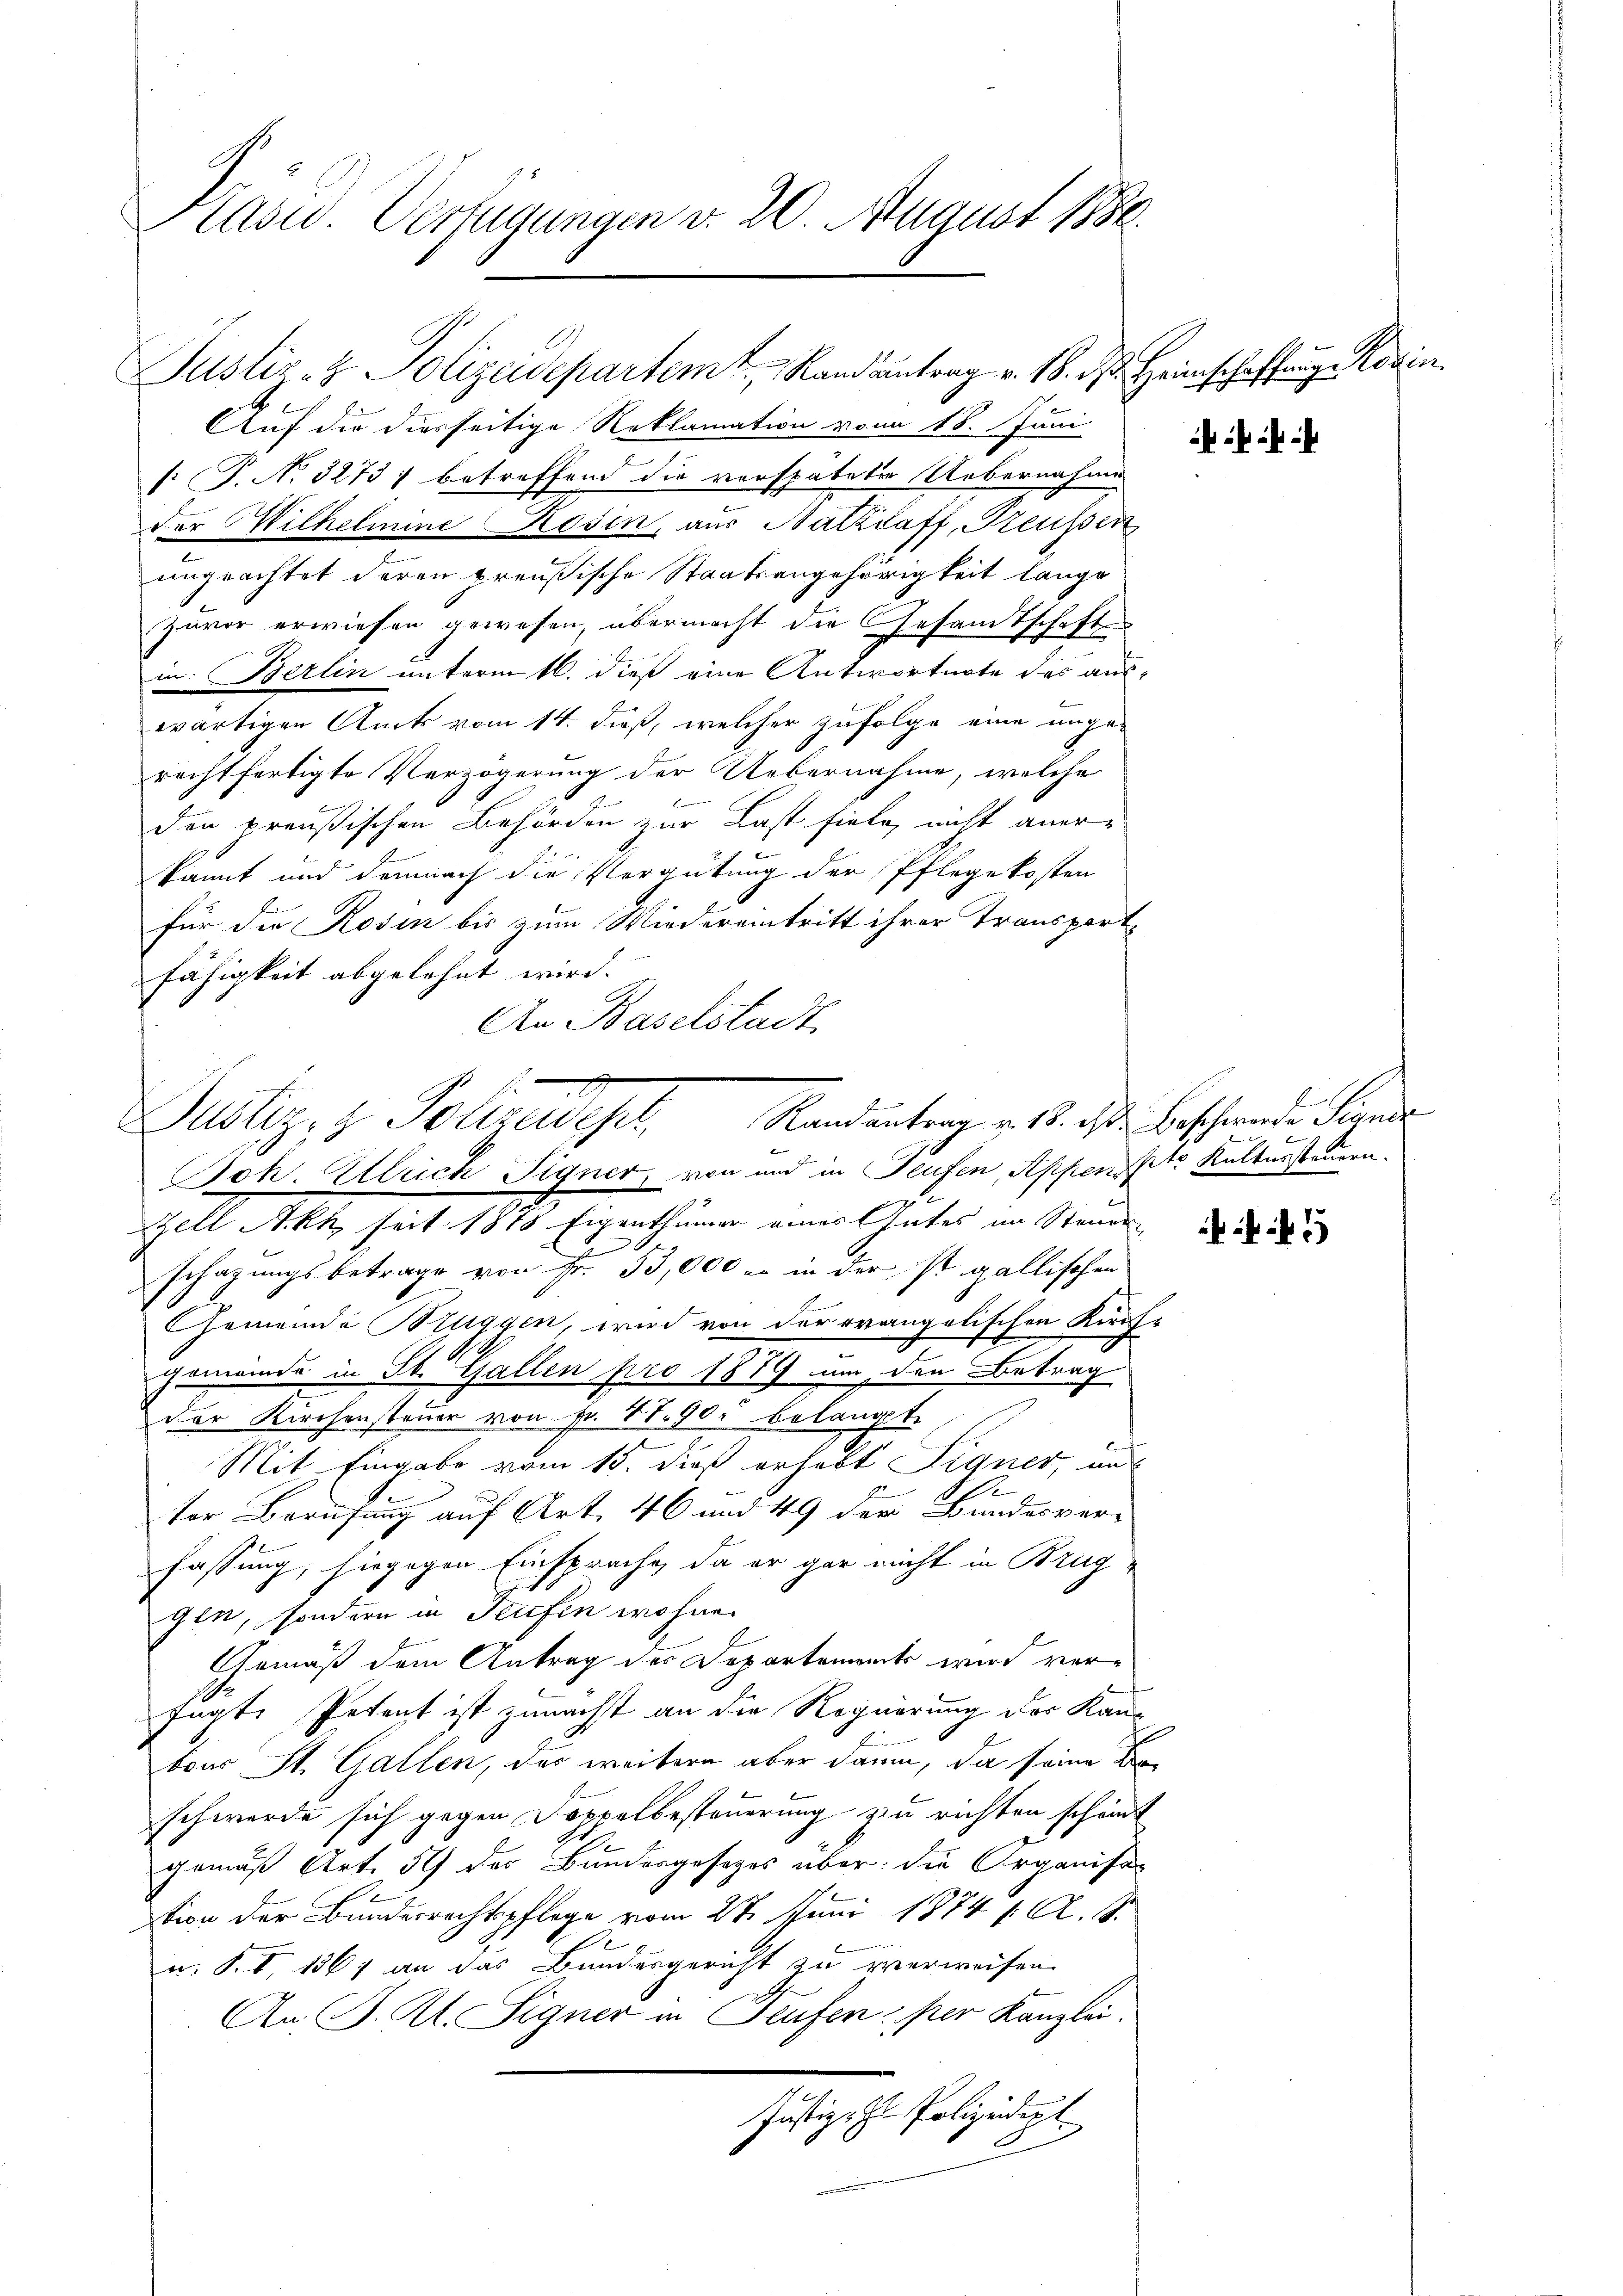
Kasw. Verfügungen v. 20. August 1886.

Auf die diesseitige Reklamation vom 18. Juni
[: P. No. 3273) betreffend die verspateter Uebernahme
der Wilhelmine Rosin, aus Natzdaff, Preußen
ungeachtet deren preußische Staatsangehörigkeit lange
Zuvor erwiesen gewesen, übermacht die Gesandtschaft
in Berlin unterm 16. dieß eine Antwortnote des aus-
wärtigen Amts vom 14. dieß, welcher zufolge eine angerechtfertigte Verzögerung der Uebernahme, welche
b
den preußischen Behörden zur Last fiele, nicht aner-
kannt und demnach die Vergütung der Pflegekosten
für die Rosen bis zum Wiedereintritt ihrer Transport
fähigkeit abgelehnt wird.
An Baselstadt.
Zell Akt seit 1878 Eigenthümer eines Gutes im Steuer
schazungsbetrage von Fr. 53,000 - in der ist gallischen
Gemeinde Stiggen, wird von der evangelischen Kirch-
gemeinde in St. Gallen pro 1879 um den Betrag
der Kirchensteuer von Fr. 1790. belangt.
Mit Eingabe vom 15. dieß erhebt Signer, und
ter Berufung auf Art. 46 und 49 der Bundesverfassung, siegegen Einsprache, da er gar nicht in Bruggen, sondern in Teufen wohnen
Gemäß dem Antrag des Departements wird verfügte Petent ist zunächst an die Regierung des Kanbour St. Gallen, das weitere aber dann, da seine Beschwerde sich gegen Doppelbesteuerung zu richten schönt
gemäß Art. 5 des Bundesgesetzes über die Organisation der Bundesrechtspflege vom 27. Juni 1874 1. A. 1.
u. F. V, 136) an das Bundesgericht zu verweisen.
An J. Kt. Signer in Teufen, per Kanzlei.
Justiz- & Polizeidigt.

Justiz- & Polizeidepartem Rand antrag v. 18. d. Heimschaffung Korin

Mustiz- & Polizeides,
Joh. Ulrich Signer, von und in Teufen, Appenste Kultussteuern.

Randantrag v. 18. d. Beschwerde Sinner